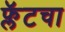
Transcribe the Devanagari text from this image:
फ्लॅटचा